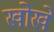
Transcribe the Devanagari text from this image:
खोखे